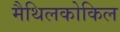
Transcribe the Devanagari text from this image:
मैथिलकोकिल